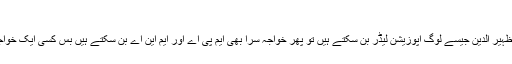
سیاست میں بھی رانے آگئے ہیں
مونچھوں والی سرکار ہمارے سابق وزیر قانون رانا ثناءاللہ جیسے افراد اگر وزیراور ظہیر الدین جیسے لوگ اپوزیشن لیڈر بن سکتے ہیں تو پھر خواجہ سرا بھی ایم پی اے اور ایم این اے بن سکتے ہیں بس کسی ایک خواجہ سرا کو اسمبلی پہنچنے دیں وہ اسمبلی فورم پر سب ممبران سے ٹھمکے لگوائے گا۔